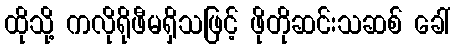
ထိုသို့ ကလိုရိုဖီမရှိသဖြင့် ဖိုတိုဆင်းသဆစ် ခေါ်